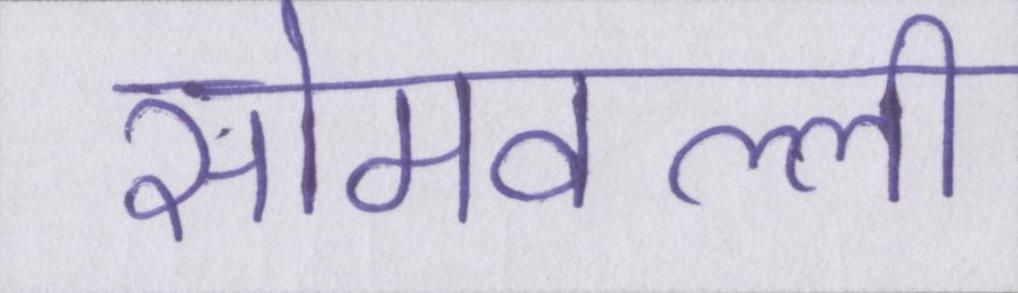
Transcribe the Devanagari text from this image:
सोमवल्ली